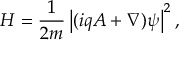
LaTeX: H = { \frac { 1 } { 2 m } } \left| ( i q A + \nabla ) \psi \right| ^ { 2 } ,